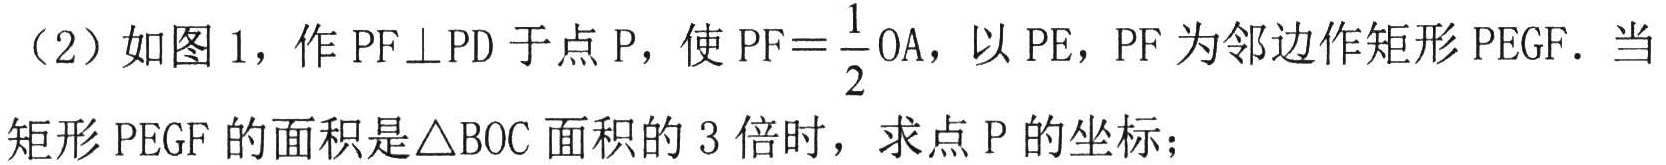
（2）如图 1，作 \(PF\perp PD\) 于点 \(P\)，使 \(PF = \frac{1}{2}OA\)，以 \(PE\)，\(PF\) 为邻边作矩形 \(PEGF\)．当矩形 \(PEGF\) 的面积是 \(\triangle BOC\) 面积的 \(3\) 倍时，求点 \(P\) 的坐标；